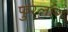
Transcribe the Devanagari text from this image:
फुरलांग